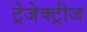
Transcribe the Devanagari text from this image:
ट्रेजेक्ट्रीज